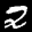
Label: 2